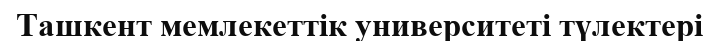
Ташкент мемлекеттік университеті түлектері